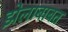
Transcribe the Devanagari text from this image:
झेलाबाबत